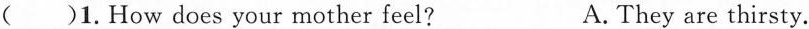
（）1.How does your mother feel? A. They are thirsty.